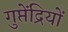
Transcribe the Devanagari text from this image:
गुप्तेंद्रियों